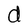
Character: d